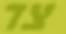
צד